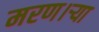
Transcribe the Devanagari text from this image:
मरण।ऱ्या